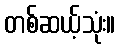
တစ်ဆယ့်သုံး။